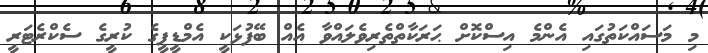
މި މަސައްކަތުގައި އެންމެ އިސްކޮށް ޙަރަކާތްތެރިވެލައްވާ އެއް ބޭފުޅަކީ އެމްޑީޕީގެ ކުރީގެ ސެކްރެޓަރީ